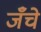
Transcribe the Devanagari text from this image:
जँचे